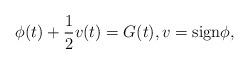
LaTeX: \begin{align*}\phi(t)+ \frac12v(t)=G(t),v={\rm sign}\phi,\end{align*}